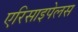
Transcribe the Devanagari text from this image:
एरिसाइपेलस